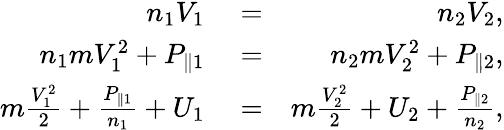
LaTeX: \begin{array}{rlr}{n_{1}V_{1}}&{{}=}&{n_{2}V_{2},}\\ {n_{1}mV_{1}^{2}+P_{\parallel 1}}&{{}=}&{n_{2}mV_{2}^{2}+P_{\parallel 2},}\\ {m\frac{V_{1}^{2}}{2}+\frac{P_{\parallel 1}}{n_{1}}+U_{1}}&{{}=}&{m\frac{V_{2}^{2}}{2}+U_{2}+\frac{P_{\parallel 2}}{n_{2}},}\end{array}